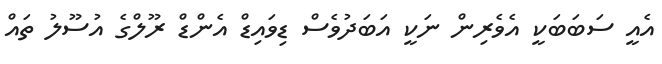
އެއީ ސަބަބަކީ އެވެރިން ނަކީ އަބަދުވެސް ޑިވައިޑް އެންޑް ރޫލްގެ އުސޫލު ތައް